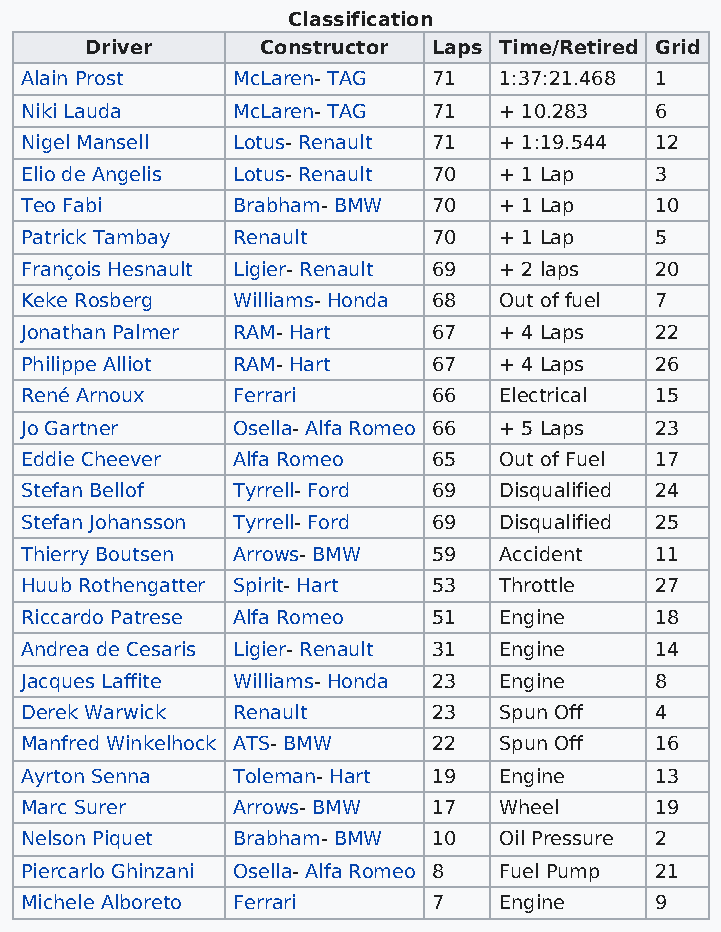
Classification
 Driver     Constructor Laps Time/Retired Grid
 Alain Prost   McLaren- TAG  71  1:37:21.468 1
 Niki Lauda    McLaren- TAG  71  + 10.283  6
 Nigel Mansell Lotus- Renault 71 + 1:19.544 12
 Elio de Angelis Lotus- Renault 70 + 1 Lap 3
 Teo Fabi      Brabham- BMW  70  + 1 Lap   10
 Patrick Tambay Renault      70  + 1 Lap   5
 François Hesnault Ligier- Renault 69 + 2 laps 20
 Keke Rosberg  Williams- Honda 68 Out of fuel 7
 Jonathan Palmer RAM- Hart   67  + 4 Laps  22
 Philippe Alliot RAM- Hart   67  + 4 Laps  26
 René Arnoux   Ferrari       66  Electrical 15
 Jo Gartner    Osella- Alfa Romeo 66 + 5 Laps 23
 Eddie Cheever Alfa Romeo    65  Out of Fuel 17
 Stefan Bellof Tyrrell- Ford 69  Disqualified 24
 Stefan Johansson Tyrrell- Ford 69 Disqualified 25
 Thierry Boutsen Arrows- BMW 59  Accident  11
 Huub Rothengatter Spirit- Hart 53 Throttle 27
 Riccardo Patrese Alfa Romeo 51  Engine    18
 Andrea de Cesaris Ligier- Renault 31 Engine 14
 Jacques Laffite Williams- Honda 23 Engine 8
 Derek Warwick Renault       23  Spun Off  4
 Manfred Winkelhock ATS- BMW 22  Spun Off  16
 Ayrton Senna  Toleman- Hart 19  Engine    13
 Marc Surer    Arrows- BMW   17  Wheel     19
 Nelson Piquet Brabham- BMW  10  Oil Pressure 2
 Piercarlo Ghinzani Osella- Alfa Romeo 8 Fuel Pump 21
 Michele Alboreto Ferrari    7   Engine    9